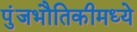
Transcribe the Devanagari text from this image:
पुंजभौतिकीमध्ये